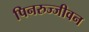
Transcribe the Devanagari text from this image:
पिनरुज्जीवन